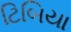
ટિબિયા